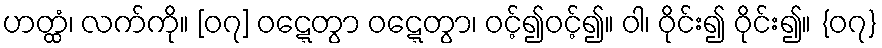
ဟတ္ထံ၊ လက်ကို။ [၀၇] ဝဋ္ဋေတွာ ဝဋ္ဋေတွာ၊ ဝင့်၍ဝင့်၍။ ဝါ၊ ဝိုင်း၍ ဝိုင်း၍။ {၀၇}